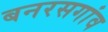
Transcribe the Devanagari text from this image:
बनरसगांव